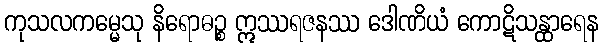
ကုသလကမ္မေသု နိရောဓဉ္စ ဣဿရဇနဿ ဒေါဏိယံ ကောဋိသန္ထာရေန